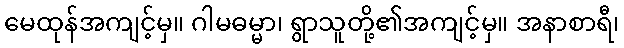
မေထုန်အကျင့်မှ။ ဂါမဓမ္မာ၊ ရွာသူတို့၏အကျင့်မှ။ အနာစာရီ၊